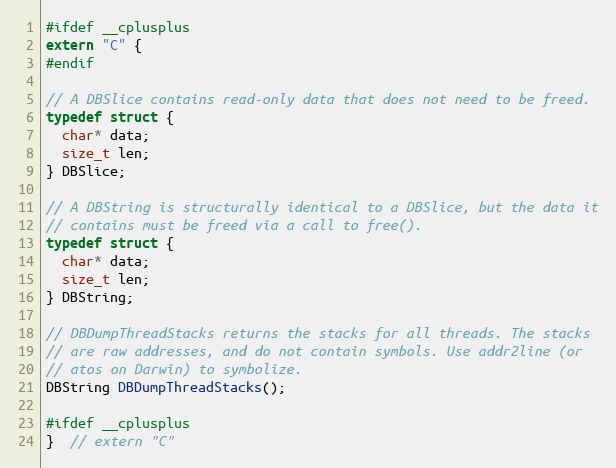
Language: C
#ifdef __cplusplus
extern "C" {
#endif

// A DBSlice contains read-only data that does not need to be freed.
typedef struct {
  char* data;
  size_t len;
} DBSlice;

// A DBString is structurally identical to a DBSlice, but the data it
// contains must be freed via a call to free().
typedef struct {
  char* data;
  size_t len;
} DBString;

// DBDumpThreadStacks returns the stacks for all threads. The stacks
// are raw addresses, and do not contain symbols. Use addr2line (or
// atos on Darwin) to symbolize.
DBString DBDumpThreadStacks();

#ifdef __cplusplus
}  // extern "C"